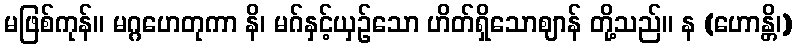
မဖြစ်ကုန်။ မဂ္ဂဟေတုကာ နိ၊ မဂ်နှင့်ယှဉ်သော ဟိတ်ရှိသောဈာန် တို့သည်။ န (ဟောန္တိ၊)